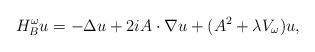
LaTeX: \begin{align*} H_B^\omega u = - \Delta u + 2 i A \cdot \nabla u + (A^2 + \lambda V_\omega) u,\end{align*}